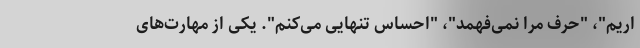
اریم"، "حرف مرا نمی‌فهمد"، "احساس تنهایی می‌کنم". یکی از مهارت‌های